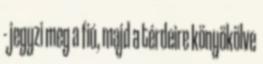
- jegyzi meg a fiú, majd a térdeire könyökölve